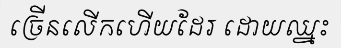
ច្រើនលើកហើយដែរ ដោយឈ្នះ